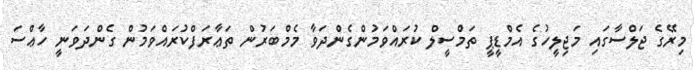
މިރޭގެ ޖަލްސާގައި މަޖިލީހުގެ އެމްޑީޕީ ތަމްސީލް ކުރައްވަމުންގެންދަވާ މެމްބަރުން ތަޢާރަފްކުރައްވަމުން ގެންދަވަނީ ހާޢްސަ